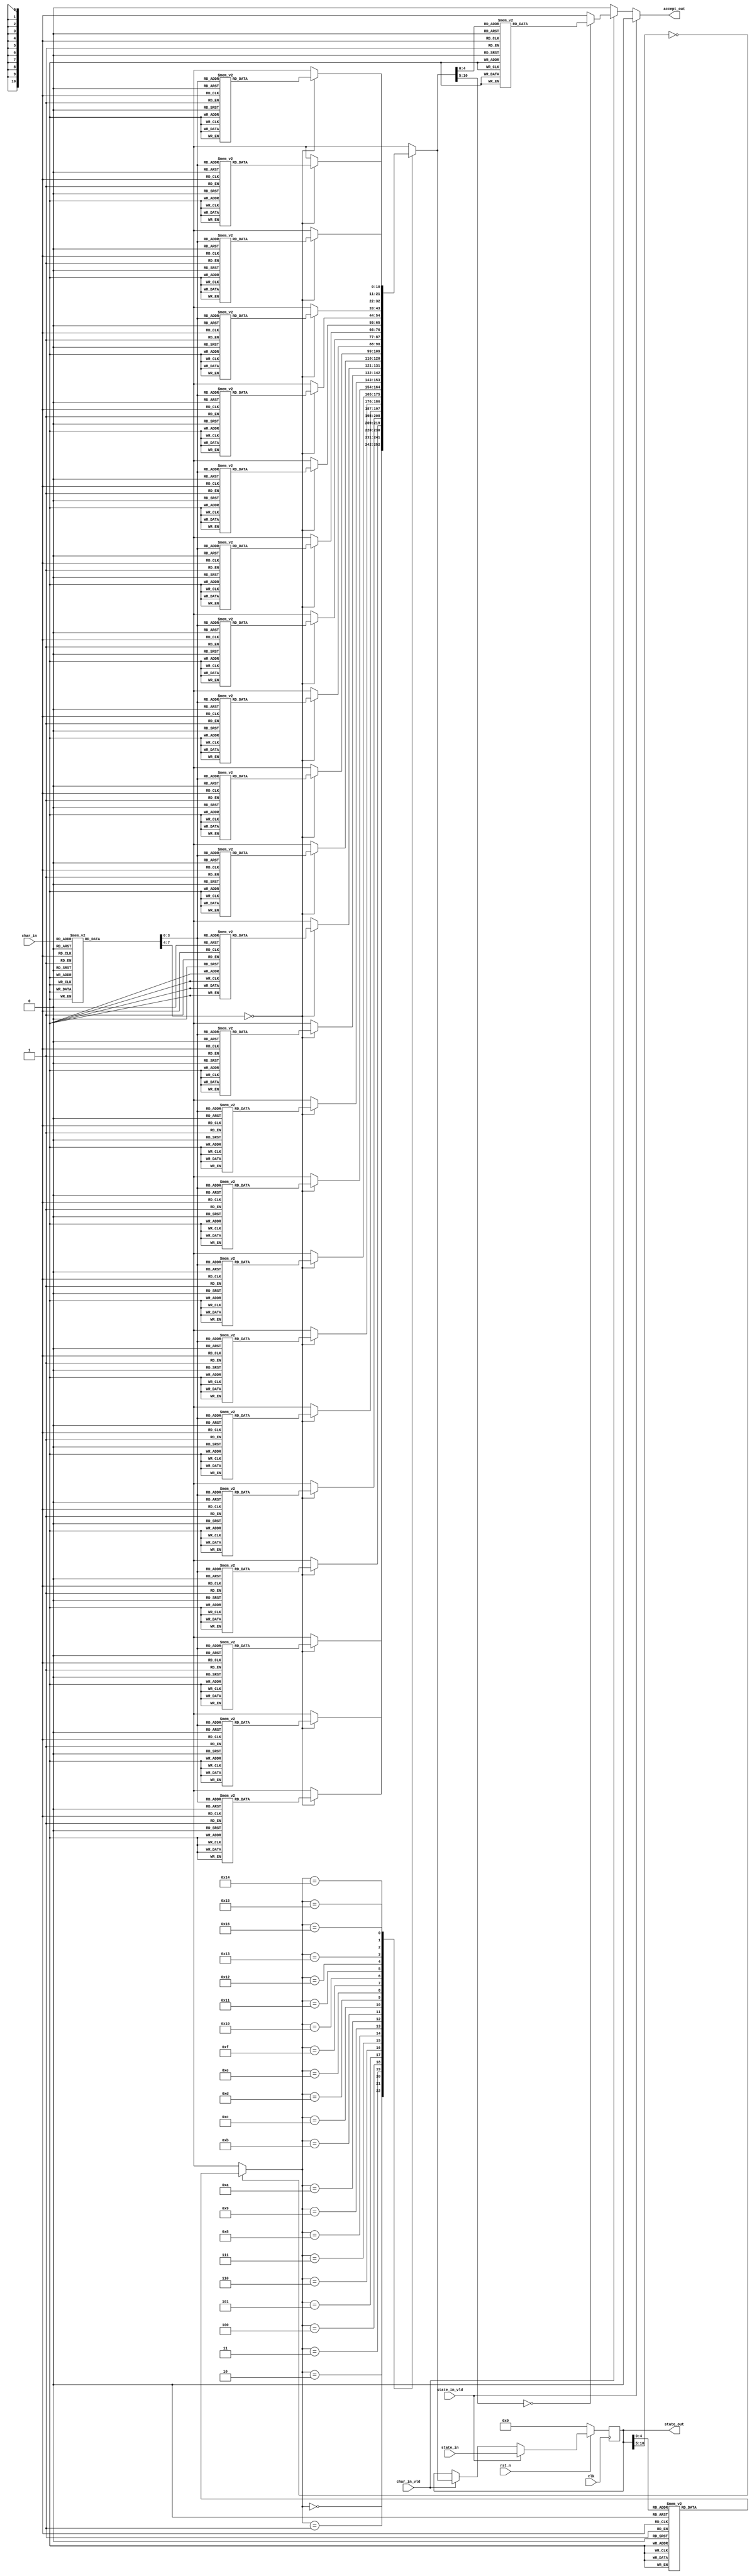
`timescale 1ns/1ps

`define ENABLED_REGEX_CATEGORY_gopher TRUE

module CATEGORY_gopher_verilog(clk,
                    rst_n,
                    char_in,
                    char_in_vld,
                    state_in,
                    state_in_vld,
                    state_out,
                    accept_out);
   // The clock and reset info.
    input clk, rst_n;
    // Input character, and state, if being set.
    input [7:0] char_in;
    input [10:0] state_in;
    // char_in_vld should be true if there's a character to process.
    // state_in_vld should be true if the outside world is overwriting our state.
    input char_in_vld, state_in_vld;
    // state_out is our current state.
    output [10:0] state_out;
    // Accept out is true if the character triggered a regex match.
    output accept_out;
    // A register for the current state.
    reg [10:0] cur_state;


`ifdef ENABLED_REGEX_CATEGORY_gopher

function [7:0] charMap;
  input [7:0] inchar;
  begin
  case( inchar )
    0: charMap = 8'd10;
    1: charMap = 8'd10;
    2: charMap = 8'd10;
    3: charMap = 8'd10;
    4: charMap = 8'd10;
    5: charMap = 8'd10;
    6: charMap = 8'd10;
    7: charMap = 8'd10;
    8: charMap = 8'd10;
    9: charMap = 8'd4;
    10: charMap = 8'd1;
    11: charMap = 8'd11;
    12: charMap = 8'd11;
    13: charMap = 8'd1;
    14: charMap = 8'd10;
    15: charMap = 8'd10;
    16: charMap = 8'd10;
    17: charMap = 8'd10;
    18: charMap = 8'd10;
    19: charMap = 8'd10;
    20: charMap = 8'd10;
    21: charMap = 8'd10;
    22: charMap = 8'd10;
    23: charMap = 8'd10;
    24: charMap = 8'd10;
    25: charMap = 8'd10;
    26: charMap = 8'd10;
    27: charMap = 8'd10;
    28: charMap = 8'd10;
    29: charMap = 8'd10;
    30: charMap = 8'd10;
    31: charMap = 8'd10;
    32: charMap = 8'd3;
    33: charMap = 8'd3;
    34: charMap = 8'd3;
    35: charMap = 8'd3;
    36: charMap = 8'd3;
    37: charMap = 8'd3;
    38: charMap = 8'd3;
    39: charMap = 8'd3;
    40: charMap = 8'd3;
    41: charMap = 8'd3;
    42: charMap = 8'd3;
    43: charMap = 8'd2;
    44: charMap = 8'd2;
    45: charMap = 8'd3;
    46: charMap = 8'd7;
    47: charMap = 8'd3;
    48: charMap = 8'd5;
    49: charMap = 8'd6;
    50: charMap = 8'd6;
    51: charMap = 8'd6;
    52: charMap = 8'd6;
    53: charMap = 8'd6;
    54: charMap = 8'd6;
    55: charMap = 8'd6;
    56: charMap = 8'd6;
    57: charMap = 8'd6;
    58: charMap = 8'd3;
    59: charMap = 8'd3;
    60: charMap = 8'd3;
    61: charMap = 8'd3;
    62: charMap = 8'd3;
    63: charMap = 8'd3;
    64: charMap = 8'd3;
    65: charMap = 8'd8;
    66: charMap = 8'd8;
    67: charMap = 8'd8;
    68: charMap = 8'd8;
    69: charMap = 8'd8;
    70: charMap = 8'd8;
    71: charMap = 8'd8;
    72: charMap = 8'd8;
    73: charMap = 8'd8;
    74: charMap = 8'd8;
    75: charMap = 8'd8;
    76: charMap = 8'd8;
    77: charMap = 8'd8;
    78: charMap = 8'd8;
    79: charMap = 8'd8;
    80: charMap = 8'd8;
    81: charMap = 8'd8;
    82: charMap = 8'd8;
    83: charMap = 8'd8;
    84: charMap = 8'd8;
    85: charMap = 8'd8;
    86: charMap = 8'd8;
    87: charMap = 8'd8;
    88: charMap = 8'd8;
    89: charMap = 8'd8;
    90: charMap = 8'd8;
    91: charMap = 8'd3;
    92: charMap = 8'd3;
    93: charMap = 8'd3;
    94: charMap = 8'd3;
    95: charMap = 8'd3;
    96: charMap = 8'd3;
    97: charMap = 8'd8;
    98: charMap = 8'd8;
    99: charMap = 8'd8;
    100: charMap = 8'd8;
    101: charMap = 8'd8;
    102: charMap = 8'd8;
    103: charMap = 8'd9;
    104: charMap = 8'd8;
    105: charMap = 8'd9;
    106: charMap = 8'd8;
    107: charMap = 8'd8;
    108: charMap = 8'd8;
    109: charMap = 8'd8;
    110: charMap = 8'd8;
    111: charMap = 8'd8;
    112: charMap = 8'd8;
    113: charMap = 8'd8;
    114: charMap = 8'd8;
    115: charMap = 8'd8;
    116: charMap = 8'd9;
    117: charMap = 8'd8;
    118: charMap = 8'd8;
    119: charMap = 8'd8;
    120: charMap = 8'd8;
    121: charMap = 8'd8;
    122: charMap = 8'd8;
    123: charMap = 8'd3;
    124: charMap = 8'd3;
    125: charMap = 8'd3;
    126: charMap = 8'd3;
    127: charMap = 8'd10;
    128: charMap = 8'd10;
    129: charMap = 8'd10;
    130: charMap = 8'd10;
    131: charMap = 8'd10;
    132: charMap = 8'd10;
    133: charMap = 8'd10;
    134: charMap = 8'd10;
    135: charMap = 8'd10;
    136: charMap = 8'd10;
    137: charMap = 8'd10;
    138: charMap = 8'd10;
    139: charMap = 8'd10;
    140: charMap = 8'd10;
    141: charMap = 8'd10;
    142: charMap = 8'd10;
    143: charMap = 8'd10;
    144: charMap = 8'd10;
    145: charMap = 8'd10;
    146: charMap = 8'd10;
    147: charMap = 8'd10;
    148: charMap = 8'd10;
    149: charMap = 8'd10;
    150: charMap = 8'd10;
    151: charMap = 8'd10;
    152: charMap = 8'd10;
    153: charMap = 8'd10;
    154: charMap = 8'd10;
    155: charMap = 8'd10;
    156: charMap = 8'd10;
    157: charMap = 8'd10;
    158: charMap = 8'd10;
    159: charMap = 8'd10;
    160: charMap = 8'd10;
    161: charMap = 8'd10;
    162: charMap = 8'd10;
    163: charMap = 8'd10;
    164: charMap = 8'd10;
    165: charMap = 8'd10;
    166: charMap = 8'd10;
    167: charMap = 8'd10;
    168: charMap = 8'd10;
    169: charMap = 8'd10;
    170: charMap = 8'd10;
    171: charMap = 8'd10;
    172: charMap = 8'd10;
    173: charMap = 8'd10;
    174: charMap = 8'd10;
    175: charMap = 8'd10;
    176: charMap = 8'd10;
    177: charMap = 8'd10;
    178: charMap = 8'd10;
    179: charMap = 8'd10;
    180: charMap = 8'd10;
    181: charMap = 8'd10;
    182: charMap = 8'd10;
    183: charMap = 8'd10;
    184: charMap = 8'd10;
    185: charMap = 8'd10;
    186: charMap = 8'd10;
    187: charMap = 8'd10;
    188: charMap = 8'd10;
    189: charMap = 8'd10;
    190: charMap = 8'd10;
    191: charMap = 8'd10;
    192: charMap = 8'd10;
    193: charMap = 8'd10;
    194: charMap = 8'd10;
    195: charMap = 8'd10;
    196: charMap = 8'd10;
    197: charMap = 8'd10;
    198: charMap = 8'd10;
    199: charMap = 8'd10;
    200: charMap = 8'd10;
    201: charMap = 8'd10;
    202: charMap = 8'd10;
    203: charMap = 8'd10;
    204: charMap = 8'd10;
    205: charMap = 8'd10;
    206: charMap = 8'd10;
    207: charMap = 8'd10;
    208: charMap = 8'd10;
    209: charMap = 8'd10;
    210: charMap = 8'd10;
    211: charMap = 8'd10;
    212: charMap = 8'd10;
    213: charMap = 8'd10;
    214: charMap = 8'd10;
    215: charMap = 8'd10;
    216: charMap = 8'd10;
    217: charMap = 8'd10;
    218: charMap = 8'd10;
    219: charMap = 8'd10;
    220: charMap = 8'd10;
    221: charMap = 8'd10;
    222: charMap = 8'd10;
    223: charMap = 8'd10;
    224: charMap = 8'd10;
    225: charMap = 8'd10;
    226: charMap = 8'd10;
    227: charMap = 8'd10;
    228: charMap = 8'd10;
    229: charMap = 8'd10;
    230: charMap = 8'd10;
    231: charMap = 8'd10;
    232: charMap = 8'd10;
    233: charMap = 8'd10;
    234: charMap = 8'd10;
    235: charMap = 8'd10;
    236: charMap = 8'd10;
    237: charMap = 8'd10;
    238: charMap = 8'd10;
    239: charMap = 8'd10;
    240: charMap = 8'd10;
    241: charMap = 8'd10;
    242: charMap = 8'd10;
    243: charMap = 8'd10;
    244: charMap = 8'd10;
    245: charMap = 8'd10;
    246: charMap = 8'd10;
    247: charMap = 8'd10;
    248: charMap = 8'd10;
    249: charMap = 8'd10;
    250: charMap = 8'd10;
    251: charMap = 8'd10;
    252: charMap = 8'd10;
    253: charMap = 8'd10;
    254: charMap = 8'd10;
    255: charMap = 8'd10;
    default: charMap = 8'bX;
  endcase
end
endfunction

function [10:0] stateMap;
  input [10:0] instate;
begin
  case( instate )
    0: stateMap = 11'd0;
    1: stateMap = 11'd1;
    2: stateMap = 11'd2;
    3: stateMap = 11'd3;
    4: stateMap = 11'd1;
    5: stateMap = 11'd4;
    6: stateMap = 11'd5;
    7: stateMap = 11'd6;
    8: stateMap = 11'd7;
    9: stateMap = 11'd8;
    10: stateMap = 11'd9;
    11: stateMap = 11'd10;
    12: stateMap = 11'd11;
    13: stateMap = 11'd12;
    14: stateMap = 11'd13;
    15: stateMap = 11'd14;
    16: stateMap = 11'd15;
    17: stateMap = 11'd16;
    18: stateMap = 11'd17;
    19: stateMap = 11'd18;
    20: stateMap = 11'd19;
    21: stateMap = 11'd20;
    22: stateMap = 11'd21;
    23: stateMap = 11'd2;
    24: stateMap = 11'd16;
    25: stateMap = 11'd22;
    default: stateMap = 11'bX;
  endcase
end
endfunction

function acceptStates;
  input [10:0] instate;
begin
  case( instate )
    0: acceptStates = 1'b0;
    1: acceptStates = 1'b1;
    2: acceptStates = 1'b1;
    3: acceptStates = 1'b0;
    4: acceptStates = 1'b1;
    5: acceptStates = 1'b0;
    6: acceptStates = 1'b0;
    7: acceptStates = 1'b0;
    8: acceptStates = 1'b0;
    9: acceptStates = 1'b0;
    10: acceptStates = 1'b0;
    11: acceptStates = 1'b0;
    12: acceptStates = 1'b0;
    13: acceptStates = 1'b0;
    14: acceptStates = 1'b0;
    15: acceptStates = 1'b0;
    16: acceptStates = 1'b0;
    17: acceptStates = 1'b1;
    18: acceptStates = 1'b0;
    19: acceptStates = 1'b0;
    20: acceptStates = 1'b0;
    21: acceptStates = 1'b0;
    22: acceptStates = 1'b0;
    23: acceptStates = 1'b0;
    24: acceptStates = 1'b0;
    25: acceptStates = 1'b0;
    default: acceptStates = 1'bX;
  endcase
end
endfunction

function [10:0] stateTransition;
  input [10:0] mapped_state;
  input [7:0]  mapped_char;
begin
  case( mapped_state )
    0: case ( mapped_char ) 
      0: stateTransition = 11'd1;
      1: stateTransition = 11'd3;
      2: stateTransition = 11'd5;
      3: stateTransition = 11'd0;
      4: stateTransition = 11'd3;
      5: stateTransition = 11'd0;
      6: stateTransition = 11'd5;
      7: stateTransition = 11'd0;
      8: stateTransition = 11'd0;
      9: stateTransition = 11'd5;
      10: stateTransition = 11'd0;
      11: stateTransition = 11'd3;
      default: stateTransition = 11'bX;
    endcase
    1: case ( mapped_char ) 
      0: stateTransition = 11'd0;
      1: stateTransition = 11'd0;
      2: stateTransition = 11'd0;
      3: stateTransition = 11'd0;
      4: stateTransition = 11'd0;
      5: stateTransition = 11'd0;
      6: stateTransition = 11'd0;
      7: stateTransition = 11'd0;
      8: stateTransition = 11'd0;
      9: stateTransition = 11'd0;
      10: stateTransition = 11'd0;
      11: stateTransition = 11'd0;
      default: stateTransition = 11'bX;
    endcase
    2: case ( mapped_char ) 
      0: stateTransition = 11'd0;
      1: stateTransition = 11'd25;
      2: stateTransition = 11'd25;
      3: stateTransition = 11'd25;
      4: stateTransition = 11'd15;
      5: stateTransition = 11'd24;
      6: stateTransition = 11'd24;
      7: stateTransition = 11'd21;
      8: stateTransition = 11'd24;
      9: stateTransition = 11'd24;
      10: stateTransition = 11'd0;
      11: stateTransition = 11'd25;
      default: stateTransition = 11'bX;
    endcase
    3: case ( mapped_char ) 
      0: stateTransition = 11'd0;
      1: stateTransition = 11'd3;
      2: stateTransition = 11'd5;
      3: stateTransition = 11'd0;
      4: stateTransition = 11'd3;
      5: stateTransition = 11'd0;
      6: stateTransition = 11'd5;
      7: stateTransition = 11'd0;
      8: stateTransition = 11'd0;
      9: stateTransition = 11'd5;
      10: stateTransition = 11'd0;
      11: stateTransition = 11'd3;
      default: stateTransition = 11'bX;
    endcase
    4: case ( mapped_char ) 
      0: stateTransition = 11'd0;
      1: stateTransition = 11'd5;
      2: stateTransition = 11'd5;
      3: stateTransition = 11'd5;
      4: stateTransition = 11'd25;
      5: stateTransition = 11'd5;
      6: stateTransition = 11'd5;
      7: stateTransition = 11'd5;
      8: stateTransition = 11'd5;
      9: stateTransition = 11'd5;
      10: stateTransition = 11'd0;
      11: stateTransition = 11'd5;
      default: stateTransition = 11'bX;
    endcase
    5: case ( mapped_char ) 
      0: stateTransition = 11'd0;
      1: stateTransition = 11'd25;
      2: stateTransition = 11'd7;
      3: stateTransition = 11'd7;
      4: stateTransition = 11'd8;
      5: stateTransition = 11'd22;
      6: stateTransition = 11'd22;
      7: stateTransition = 11'd9;
      8: stateTransition = 11'd22;
      9: stateTransition = 11'd22;
      10: stateTransition = 11'd10;
      11: stateTransition = 11'd7;
      default: stateTransition = 11'bX;
    endcase
    6: case ( mapped_char ) 
      0: stateTransition = 11'd0;
      1: stateTransition = 11'd25;
      2: stateTransition = 11'd19;
      3: stateTransition = 11'd19;
      4: stateTransition = 11'd11;
      5: stateTransition = 11'd19;
      6: stateTransition = 11'd19;
      7: stateTransition = 11'd19;
      8: stateTransition = 11'd19;
      9: stateTransition = 11'd19;
      10: stateTransition = 11'd12;
      11: stateTransition = 11'd19;
      default: stateTransition = 11'bX;
    endcase
    7: case ( mapped_char ) 
      0: stateTransition = 11'd0;
      1: stateTransition = 11'd25;
      2: stateTransition = 11'd19;
      3: stateTransition = 11'd19;
      4: stateTransition = 11'd11;
      5: stateTransition = 11'd23;
      6: stateTransition = 11'd2;
      7: stateTransition = 11'd20;
      8: stateTransition = 11'd23;
      9: stateTransition = 11'd23;
      10: stateTransition = 11'd12;
      11: stateTransition = 11'd19;
      default: stateTransition = 11'bX;
    endcase
    8: case ( mapped_char ) 
      0: stateTransition = 11'd0;
      1: stateTransition = 11'd25;
      2: stateTransition = 11'd19;
      3: stateTransition = 11'd19;
      4: stateTransition = 11'd11;
      5: stateTransition = 11'd23;
      6: stateTransition = 11'd23;
      7: stateTransition = 11'd20;
      8: stateTransition = 11'd13;
      9: stateTransition = 11'd13;
      10: stateTransition = 11'd12;
      11: stateTransition = 11'd19;
      default: stateTransition = 11'bX;
    endcase
    9: case ( mapped_char ) 
      0: stateTransition = 11'd0;
      1: stateTransition = 11'd0;
      2: stateTransition = 11'd12;
      3: stateTransition = 11'd12;
      4: stateTransition = 11'd14;
      5: stateTransition = 11'd12;
      6: stateTransition = 11'd12;
      7: stateTransition = 11'd12;
      8: stateTransition = 11'd12;
      9: stateTransition = 11'd12;
      10: stateTransition = 11'd12;
      11: stateTransition = 11'd12;
      default: stateTransition = 11'bX;
    endcase
    10: case ( mapped_char ) 
      0: stateTransition = 11'd0;
      1: stateTransition = 11'd25;
      2: stateTransition = 11'd25;
      3: stateTransition = 11'd25;
      4: stateTransition = 11'd15;
      5: stateTransition = 11'd24;
      6: stateTransition = 11'd17;
      7: stateTransition = 11'd21;
      8: stateTransition = 11'd24;
      9: stateTransition = 11'd24;
      10: stateTransition = 11'd0;
      11: stateTransition = 11'd25;
      default: stateTransition = 11'bX;
    endcase
    11: case ( mapped_char ) 
      0: stateTransition = 11'd0;
      1: stateTransition = 11'd0;
      2: stateTransition = 11'd0;
      3: stateTransition = 11'd0;
      4: stateTransition = 11'd16;
      5: stateTransition = 11'd0;
      6: stateTransition = 11'd0;
      7: stateTransition = 11'd0;
      8: stateTransition = 11'd0;
      9: stateTransition = 11'd0;
      10: stateTransition = 11'd0;
      11: stateTransition = 11'd0;
      default: stateTransition = 11'bX;
    endcase
    12: case ( mapped_char ) 
      0: stateTransition = 11'd0;
      1: stateTransition = 11'd25;
      2: stateTransition = 11'd25;
      3: stateTransition = 11'd25;
      4: stateTransition = 11'd15;
      5: stateTransition = 11'd24;
      6: stateTransition = 11'd24;
      7: stateTransition = 11'd21;
      8: stateTransition = 11'd6;
      9: stateTransition = 11'd6;
      10: stateTransition = 11'd0;
      11: stateTransition = 11'd25;
      default: stateTransition = 11'bX;
    endcase
    13: case ( mapped_char ) 
      0: stateTransition = 11'd0;
      1: stateTransition = 11'd0;
      2: stateTransition = 11'd0;
      3: stateTransition = 11'd0;
      4: stateTransition = 11'd16;
      5: stateTransition = 11'd0;
      6: stateTransition = 11'd4;
      7: stateTransition = 11'd0;
      8: stateTransition = 11'd0;
      9: stateTransition = 11'd0;
      10: stateTransition = 11'd0;
      11: stateTransition = 11'd0;
      default: stateTransition = 11'bX;
    endcase
    14: case ( mapped_char ) 
      0: stateTransition = 11'd0;
      1: stateTransition = 11'd25;
      2: stateTransition = 11'd25;
      3: stateTransition = 11'd25;
      4: stateTransition = 11'd24;
      5: stateTransition = 11'd24;
      6: stateTransition = 11'd17;
      7: stateTransition = 11'd21;
      8: stateTransition = 11'd24;
      9: stateTransition = 11'd24;
      10: stateTransition = 11'd0;
      11: stateTransition = 11'd25;
      default: stateTransition = 11'bX;
    endcase
    15: case ( mapped_char ) 
      0: stateTransition = 11'd0;
      1: stateTransition = 11'd0;
      2: stateTransition = 11'd0;
      3: stateTransition = 11'd0;
      4: stateTransition = 11'd0;
      5: stateTransition = 11'd0;
      6: stateTransition = 11'd4;
      7: stateTransition = 11'd0;
      8: stateTransition = 11'd0;
      9: stateTransition = 11'd0;
      10: stateTransition = 11'd0;
      11: stateTransition = 11'd0;
      default: stateTransition = 11'bX;
    endcase
    16: case ( mapped_char ) 
      0: stateTransition = 11'd0;
      1: stateTransition = 11'd25;
      2: stateTransition = 11'd25;
      3: stateTransition = 11'd25;
      4: stateTransition = 11'd24;
      5: stateTransition = 11'd24;
      6: stateTransition = 11'd24;
      7: stateTransition = 11'd21;
      8: stateTransition = 11'd24;
      9: stateTransition = 11'd24;
      10: stateTransition = 11'd0;
      11: stateTransition = 11'd25;
      default: stateTransition = 11'bX;
    endcase
    17: case ( mapped_char ) 
      0: stateTransition = 11'd0;
      1: stateTransition = 11'd25;
      2: stateTransition = 11'd25;
      3: stateTransition = 11'd25;
      4: stateTransition = 11'd24;
      5: stateTransition = 11'd24;
      6: stateTransition = 11'd24;
      7: stateTransition = 11'd21;
      8: stateTransition = 11'd6;
      9: stateTransition = 11'd6;
      10: stateTransition = 11'd0;
      11: stateTransition = 11'd25;
      default: stateTransition = 11'bX;
    endcase
    18: case ( mapped_char ) 
      0: stateTransition = 11'd0;
      1: stateTransition = 11'd25;
      2: stateTransition = 11'd25;
      3: stateTransition = 11'd25;
      4: stateTransition = 11'd15;
      5: stateTransition = 11'd25;
      6: stateTransition = 11'd25;
      7: stateTransition = 11'd25;
      8: stateTransition = 11'd25;
      9: stateTransition = 11'd25;
      10: stateTransition = 11'd0;
      11: stateTransition = 11'd25;
      default: stateTransition = 11'bX;
    endcase
    19: case ( mapped_char ) 
      0: stateTransition = 11'd0;
      1: stateTransition = 11'd25;
      2: stateTransition = 11'd25;
      3: stateTransition = 11'd25;
      4: stateTransition = 11'd15;
      5: stateTransition = 11'd24;
      6: stateTransition = 11'd24;
      7: stateTransition = 11'd21;
      8: stateTransition = 11'd18;
      9: stateTransition = 11'd18;
      10: stateTransition = 11'd0;
      11: stateTransition = 11'd25;
      default: stateTransition = 11'bX;
    endcase
    20: case ( mapped_char ) 
      0: stateTransition = 11'd0;
      1: stateTransition = 11'd25;
      2: stateTransition = 11'd25;
      3: stateTransition = 11'd25;
      4: stateTransition = 11'd24;
      5: stateTransition = 11'd24;
      6: stateTransition = 11'd24;
      7: stateTransition = 11'd21;
      8: stateTransition = 11'd18;
      9: stateTransition = 11'd18;
      10: stateTransition = 11'd0;
      11: stateTransition = 11'd25;
      default: stateTransition = 11'bX;
    endcase
    21: case ( mapped_char ) 
      0: stateTransition = 11'd0;
      1: stateTransition = 11'd25;
      2: stateTransition = 11'd19;
      3: stateTransition = 11'd19;
      4: stateTransition = 11'd11;
      5: stateTransition = 11'd23;
      6: stateTransition = 11'd23;
      7: stateTransition = 11'd20;
      8: stateTransition = 11'd23;
      9: stateTransition = 11'd23;
      10: stateTransition = 11'd12;
      11: stateTransition = 11'd19;
      default: stateTransition = 11'bX;
    endcase
    22: case ( mapped_char ) 
      0: stateTransition = 11'd0;
      1: stateTransition = 11'd25;
      2: stateTransition = 11'd25;
      3: stateTransition = 11'd25;
      4: stateTransition = 11'd24;
      5: stateTransition = 11'd25;
      6: stateTransition = 11'd25;
      7: stateTransition = 11'd25;
      8: stateTransition = 11'd25;
      9: stateTransition = 11'd25;
      10: stateTransition = 11'd0;
      11: stateTransition = 11'd25;
      default: stateTransition = 11'bX;
    endcase
    default: stateTransition = 11'bX;
  endcase
end
endfunction

`else

function [7:0] charMap;
input [7:0] inchar;
begin
    charMap = inchar;
end
endfunction

function [10:0] stateMap;
input [10:0] instate;
begin
    stateMap = instate;
end
endfunction

function acceptStates;
    input [10:0] instate;
begin
    acceptStates = 1'b0;
end
endfunction

function [10:0] stateTransition;
    input [10:0] instate;
    input [7:0]  inchar;
begin
    stateTransition = instate;
end
endfunction

`endif

    // Invoke the DFA functions.
    wire [7:0]  mapped_char;
    wire [10:0] mapped_state, next_state;
    wire next_accept;
    assign mapped_char = charMap(char_in);
    assign mapped_state = stateMap(cur_state);
    assign next_state = stateTransition(mapped_state, mapped_char);
    assign next_accept = acceptStates(next_state);
    // Update our outputs.
    assign accept_out = state_in_vld ? 1'b0 : char_in_vld ? next_accept : 1'b0;
    assign state_out = cur_state;
    // Update our local state.
    always @(posedge clk)
    begin
       if (!rst_n)
        begin
            cur_state <= 0;
        end
        else
        begin
            if (state_in_vld)
            begin
                cur_state <= state_in;
            end
            else if (char_in_vld)
            begin
                cur_state <= next_state;
            end
        end
    end
endmodule